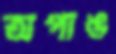
অপাঙ